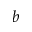
b